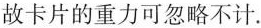
故卡片的重力可忽略不计。